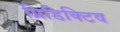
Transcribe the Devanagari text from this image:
प्रिडिक्टिव